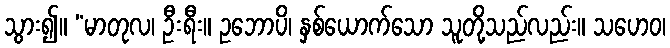
သွား၍။ “မာတုလ၊ ဦးရီး။ ဥဘောပိ၊ နှစ်ယောက်သော သူတို့သည်လည်း။ သဟေဝ၊